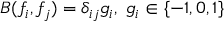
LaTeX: B ( f _ { i } , f _ { j } ) = \delta _ { i j } g _ { i } , \ g _ { i } \in \{ - 1 , 0 , 1 \}